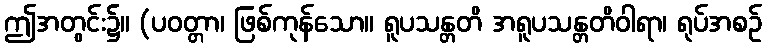
ဤအတွင်း၌။ (ပဝတ္တာ၊ ဖြစ်ကုန်သော။ ရူပသန္တတိ အရူပသန္တတိဝါရာ၊ ရုပ်အစဉ်